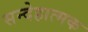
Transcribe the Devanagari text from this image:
सन्देहात्मक